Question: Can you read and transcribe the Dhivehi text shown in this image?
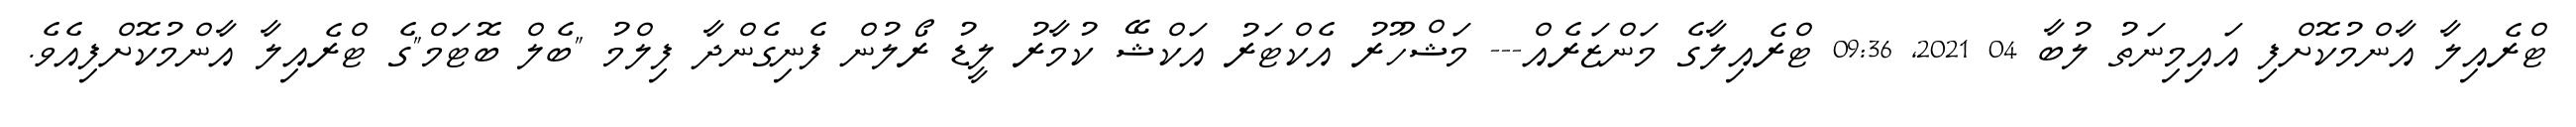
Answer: ޓްރެއިލާ އާންމުކޮށްފި އައިމިނަތު ލުބާ 04 2021, 09:36 ޓްރެއިލާގެ މަންޒަރެއް--- މަޝްހޫރު އެކްޓަރު އަކްޝޭ ކުމާރު ލީޑު ރޯލުން ފެނިގެންދާ ފިލްމު "ބެލް ބޮޓަމް"ގެ ޓްރެއިލާ އާންމުކޮށްފިއެވެ.